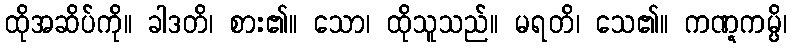
ထိုအဆိပ်ကို။ ခါဒတိ၊ စား၏။ သော၊ ထိုသူသည်။ မရတိ၊ သေ၏။ ကဏ္ဋကမ္ပိ၊